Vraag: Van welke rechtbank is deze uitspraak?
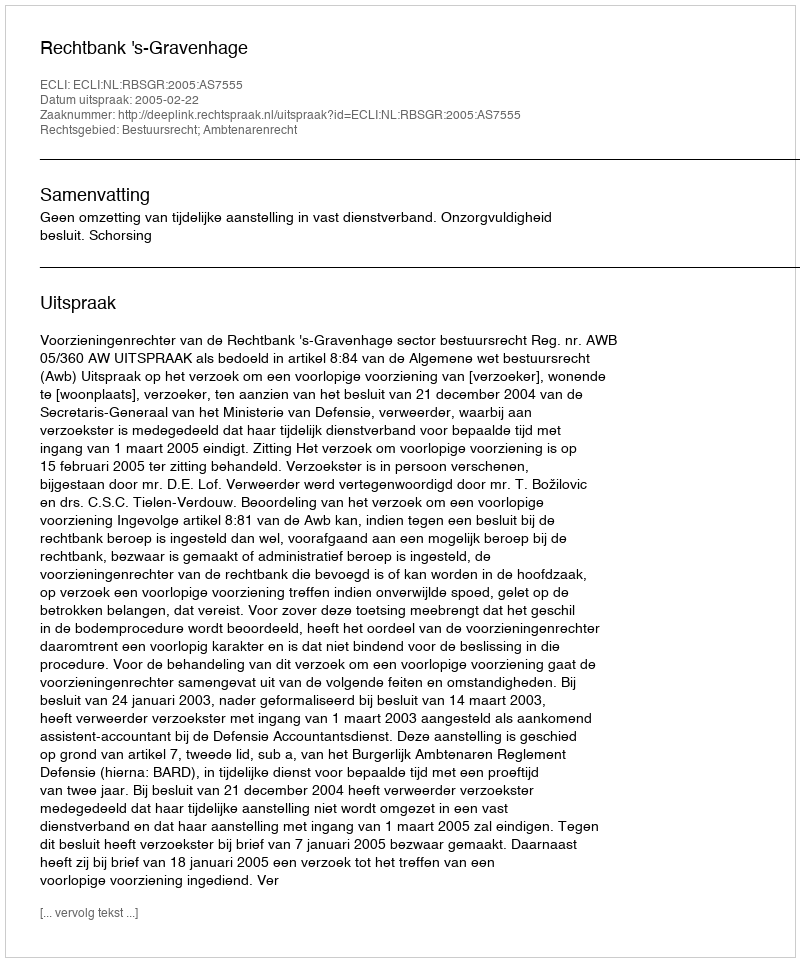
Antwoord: Rechtbank 's-Gravenhage